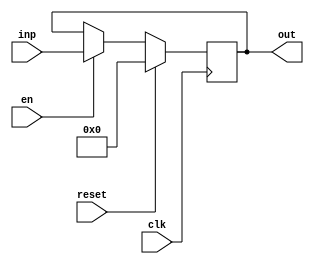
module registerNbits #(parameter N = 32) (clk,reset,en, inp, out);
	input clk,reset,en;
	output reg [N-1:0] out;
	input [N-1:0] inp;
	always @(posedge clk)
		begin
			if (reset) 
				out <= 'b0;
			else if(en)
				out <= inp;
			
		end
endmodule

module multiplyTimes #(parameter N = 32 ) (inputA,inputB,result);
input signed [N-1:0] inputA, inputB;
output signed [2*N-1:0] result;


assign result = inputA * inputB;

endmodule

module integrationMult #(parameter N = 32 ) (clk,reset,en,inputA,inputB,result);
input clk,reset,en;

input [N-1:0] inputA, inputB;
output [2*N-1:0] result;

wire [N-1:0] A_reg;
wire [N-1:0] B_reg;
wire [N-1:0] outA_reg;
wire [N-1:0] outB_reg;


registerNbits #(32) regA (clk,reset,en,inputA, A_reg);
registerNbits #(32) regB (clk,reset,en,inputB, B_reg);
multiplyTimes #(32) mult (A_reg,B_reg,{outA_reg,outB_reg});
registerNbits #(32) outA (clk,reset,en,outB_reg,result[N-1:0]);
registerNbits #(32) outB (clk,reset,en,outA_reg,result[2*N-1:N]);

endmodule